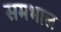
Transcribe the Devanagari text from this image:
समभाल